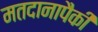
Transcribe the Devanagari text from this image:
मतदानापैकी